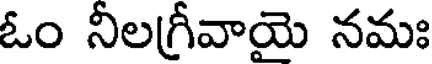
ఓం నీలగ్రీవాయె నమః